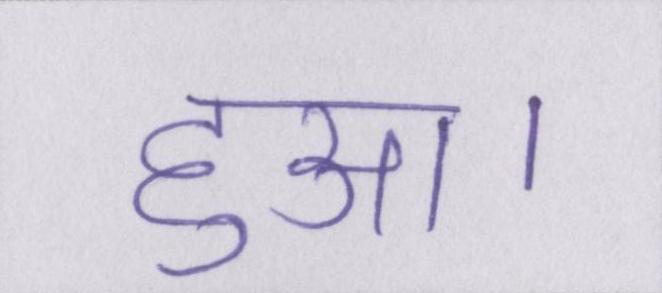
हुआ।